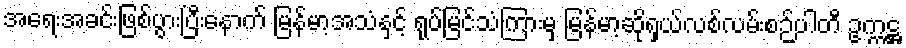
အရေးအခင်းဖြစ်ပွားပြီးနောက် မြန်မာ့အသံနှင့် ရုပ်မြင်သံကြားမှ မြန်မာ့ဆိုရှယ်လစ်လမ်းစဉ်ပါတီ ဥက္ကဋ္ဌ